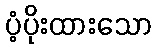
ပံ့ပိုးထားသော